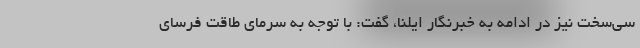
سی‌سخت نیز در ادامه به خبرنگار ایلنا، گفت: با توجه به سرمای طاقت فرسای